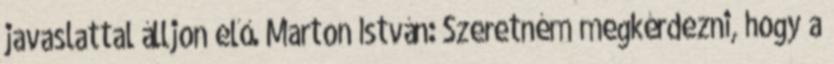
javaslattal álljon elő. Marton István: Szeretném megkérdezni, hogy a